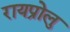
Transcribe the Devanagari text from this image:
रायप्रोलु